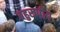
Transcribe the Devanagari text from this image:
बहुरूपीय